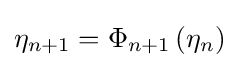
\eta _{n+1}=\Phi _{n+1}\left(\eta _{n}\right)